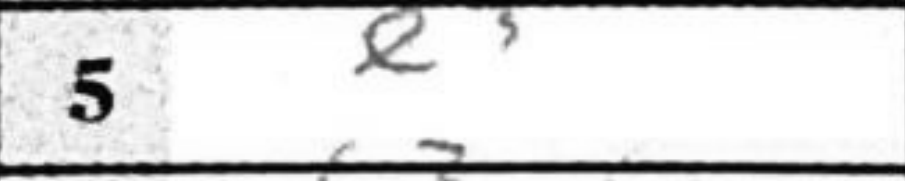
Transcription: e3